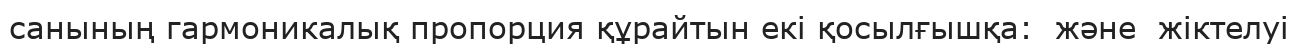
санының гармоникалық пропорция құрайтын екі қосылғышқа:  және  жіктелуі